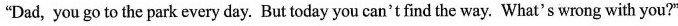
"Dad, you go to the park every day. But today you can't find the way. What's wrong with you?"